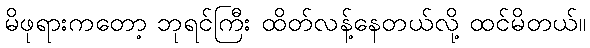
မိဖုရားကတော့ ဘုရင်ကြီး ထိတ်လန့်နေတယ်လို့ ထင်မိတယ်။